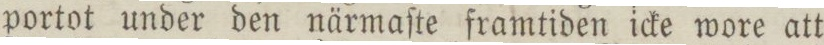
portot under den närmaſte framtiden icke wore att